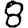
Digit: 8